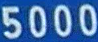
5000